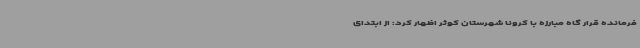
فرمانده قرار گاه مبارزه با کرونا شهرستان کوثر اظهار کرد: از ابتدای